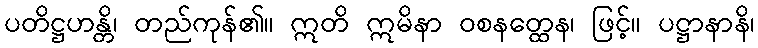
ပတိဋ္ဌဟန္တိ၊ တည်ကုန်၏။ ဣတိ ဣမိနာ ဝစနတ္ထေန၊ ဖြင့်။ ပဋ္ဌာနာနိ၊